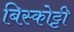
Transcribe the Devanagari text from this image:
बिस्कोट्टी